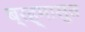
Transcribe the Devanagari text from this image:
ब्रह्मासुत